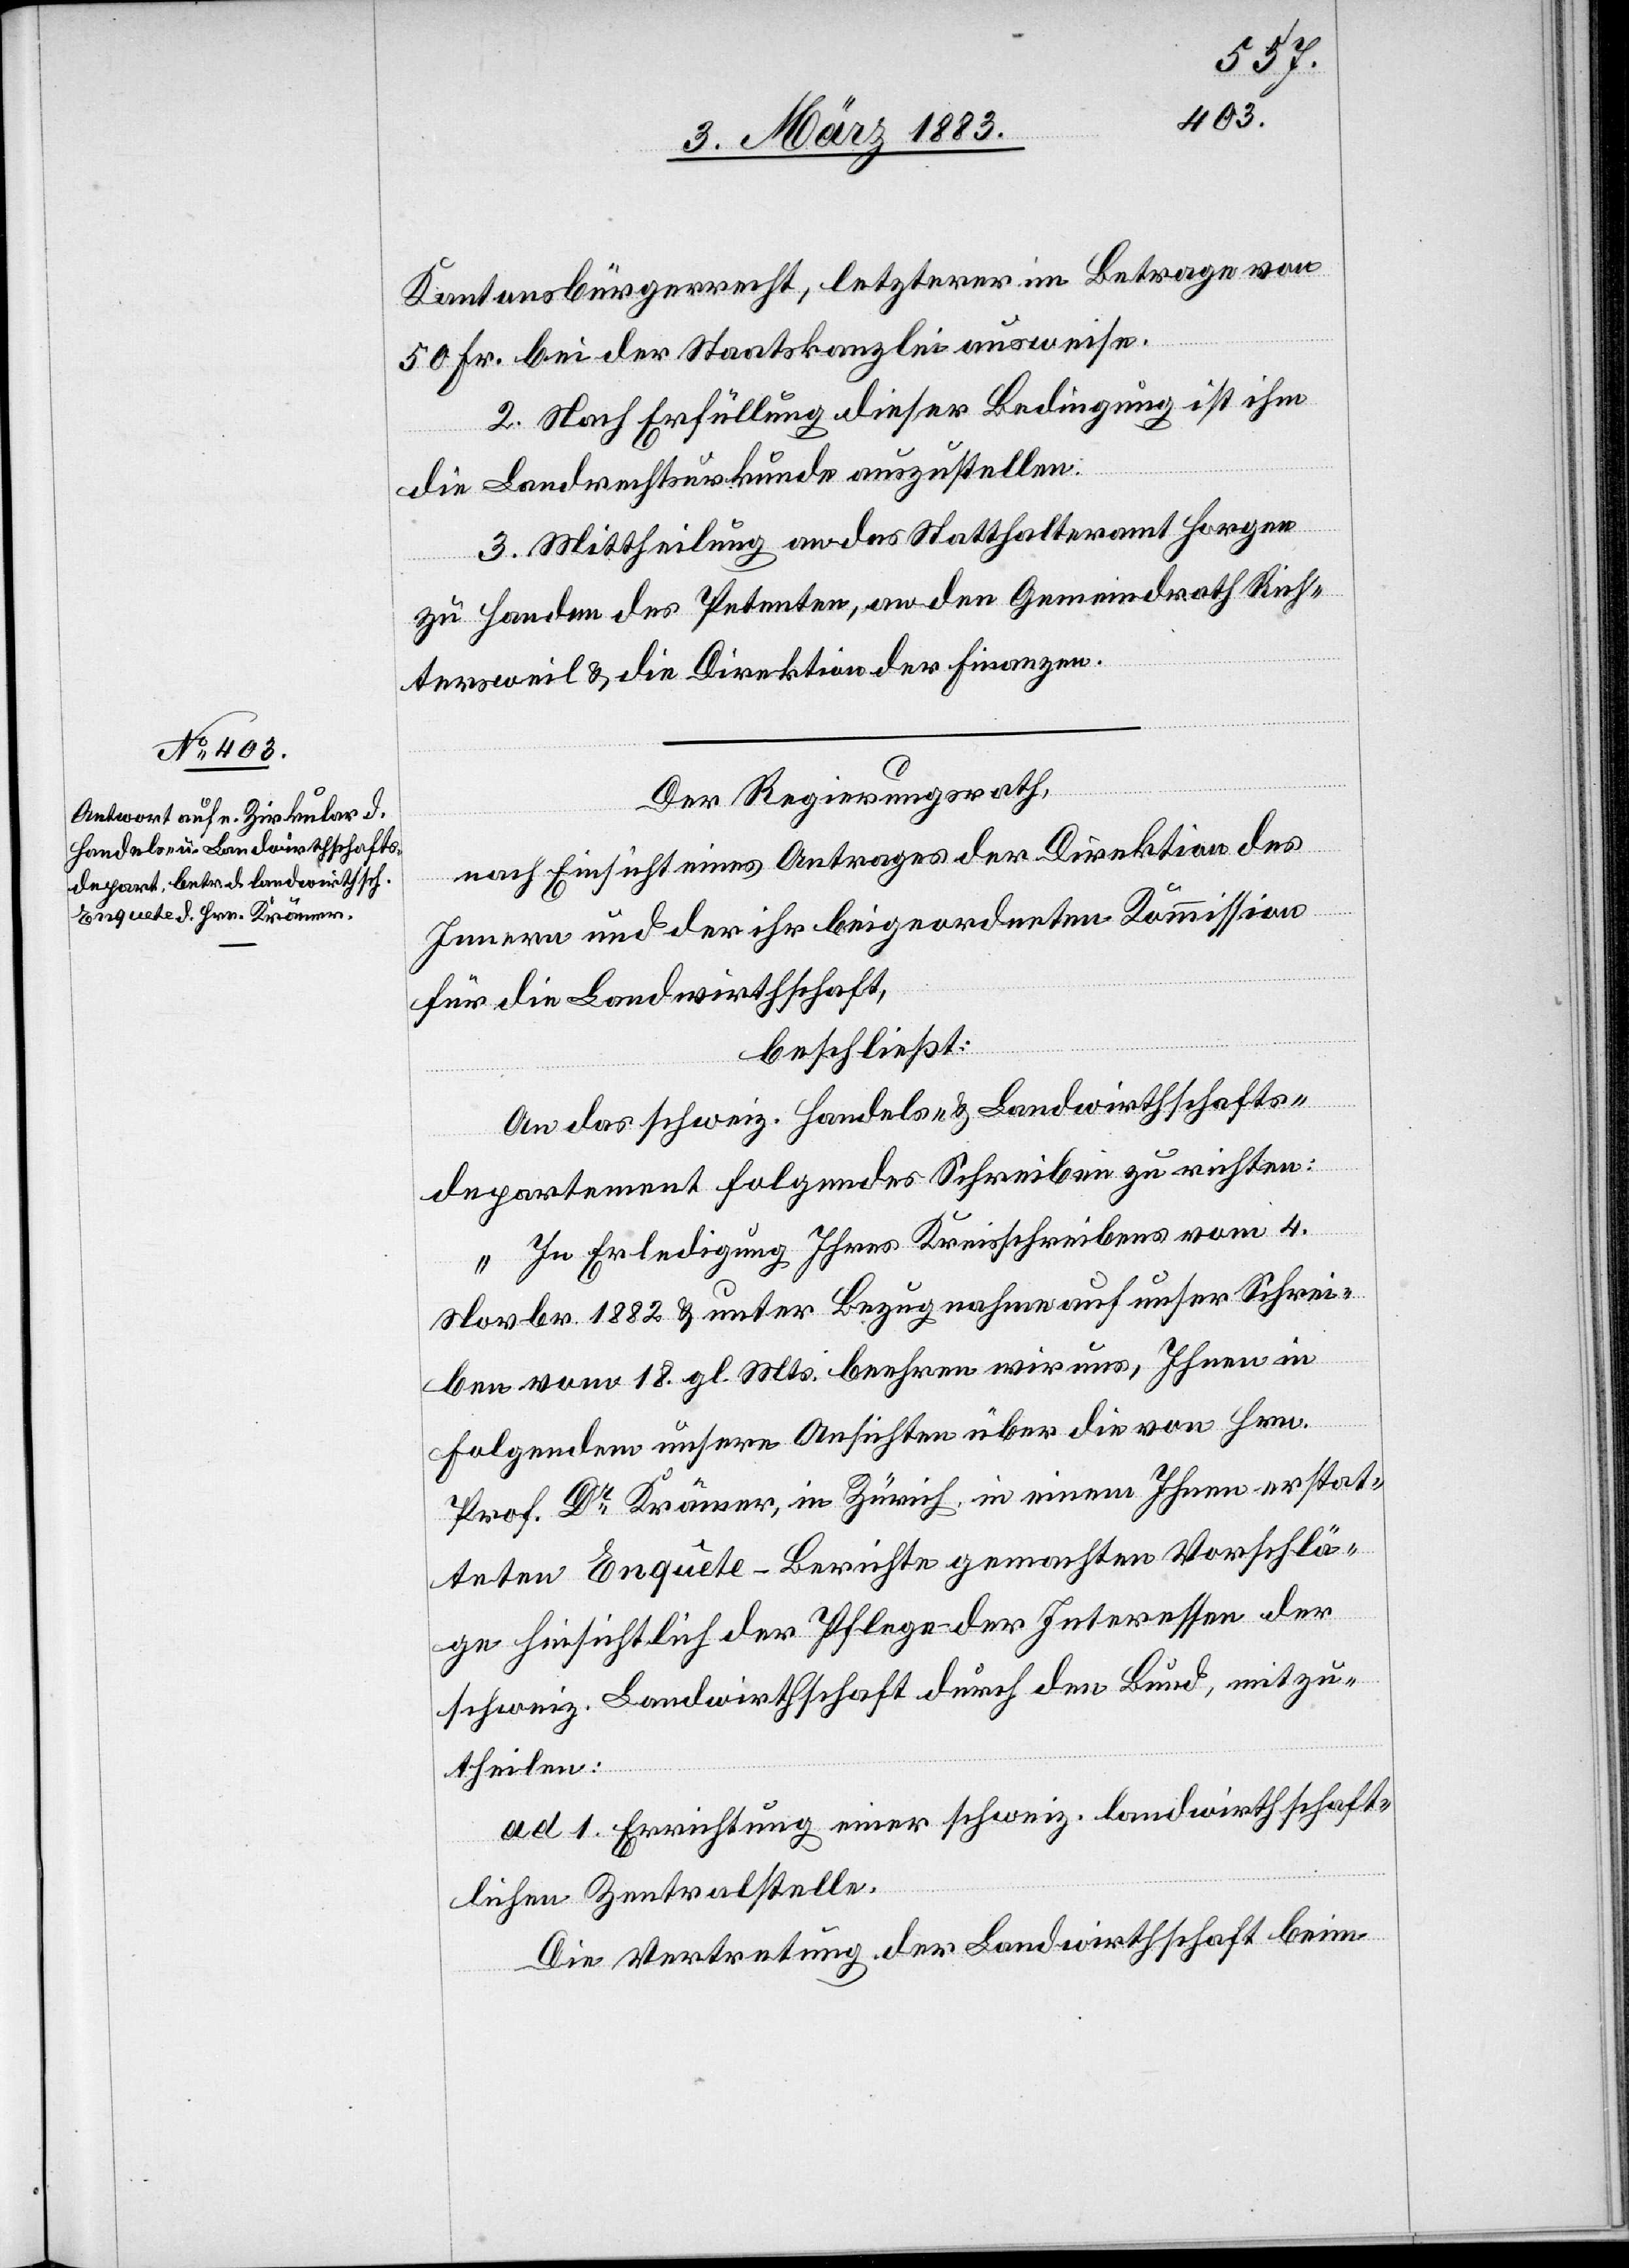
Kantonsbürgerrecht, letzterer im Betrage von
50 Fr. bei der Staatskanzlei ausweise.
2. Nach Erfüllung dieser Bedingung ist ihm
die Landrechtsurkunde auszustellen.
3. Mittheilung an das Statthalteramt Horgen
zu Handen des Petenten, an den Gemeindrath Rich¬
tersweil & die Direktion der Finanzen.
Der Regierungsrath,
nach Einsicht eines Antrages der Direktion des
Innern und der ihr beigeordneten Kommission
für die Landwirthschaft,
beschließt:
An das schweiz. Handels- & Landwirthschafts¬
departement folgendes Schreiben zu richten:
„In Erledigung Ihres Kreisschreibens vom 4.
Novbr. 1882 & unter Bezugnahme auf unser Schrei¬
ben vom 18. gl. Mts. beehren wir uns, Ihnen in
Folgendem unsere Ansichten über die von Hrn.
Prof. Dr. Krämer, in Zürich, in einem Ihnen erstat¬
teten Enquête-Berichte gemachten Vorschlä¬
ge hinsichtlich der Pflege der Interessen der
schweiz. Landwirthschaft durch den Bund, mitzu¬
theilen:
ad 1. Errichtung einer schweiz. landwirthschaft¬
lichen Zentralstelle.
Die Vertretung der Landwirthschaft beim